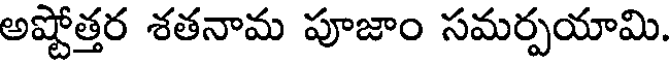
అష్టోత్తర శతనామ పూజాం సమర్పయామి.